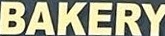
BAKERY